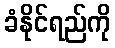
ခံနိုင်ရည်ကို